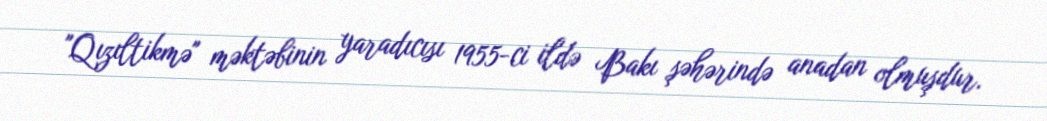
"Qızıltikmə" məktəbinin yaradıcısı 1955-ci ildə Bakı şəhərində anadan olmuşdur.